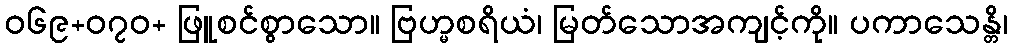
ဝ၆၉+၀၇ဝ+ ဖြူစင်စွာသော။ ဗြဟ္မစရိယံ၊ မြတ်သောအကျင့်ကို။ ပကာသေန္တိ၊